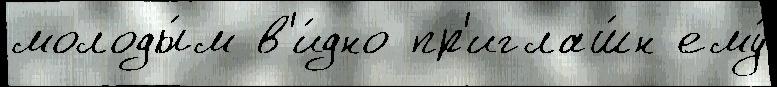
молоды́м в'и́дно пр'иглаш́н ему́